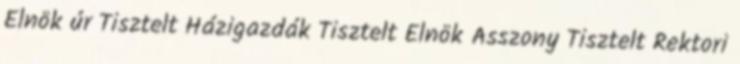
Elnök úr Tisztelt Házigazdák Tisztelt Elnök Asszony Tisztelt Rektori